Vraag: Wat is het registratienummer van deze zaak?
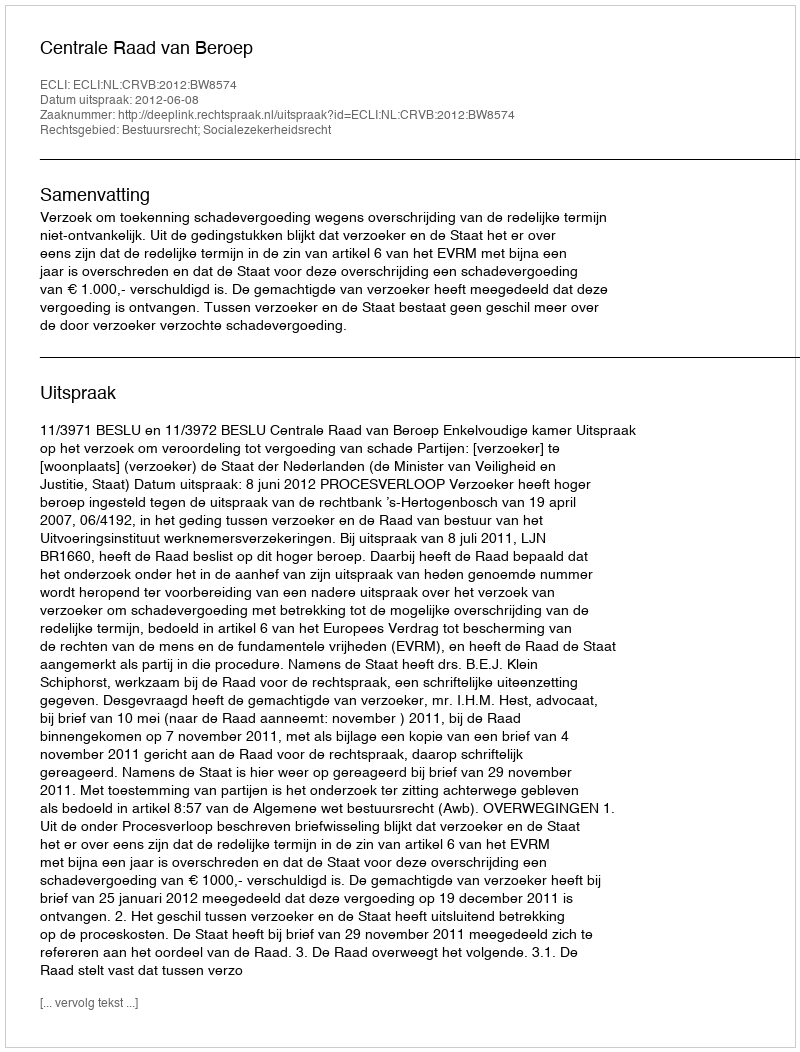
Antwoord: http://deeplink.rechtspraak.nl/uitspraak?id=ECLI:NL:CRVB:2012:BW8574